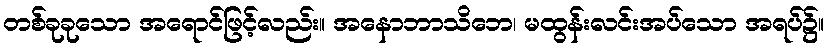
တစ်ခုခုသော အရောင်ဖြင့်လည်း။ အနောဘာသိဘေ၊ မထွန်းလင်းအပ်သော အရပ်၌။